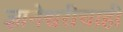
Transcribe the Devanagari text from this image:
ज्ञानेश्वरीचाही